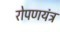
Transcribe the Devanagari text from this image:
रोपणयंत्र